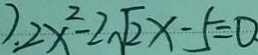
) . 2 x ^ { 2 } - 2 \sqrt { 2 } x - 5 = 0